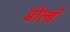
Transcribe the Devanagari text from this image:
बोल्बी